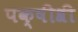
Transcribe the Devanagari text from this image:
पक्षीश्री